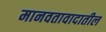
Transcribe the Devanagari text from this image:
मानवतावादातील